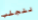
لنجلب